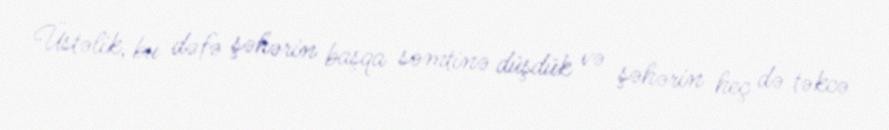
Üstəlik, bu dəfə şəhərin başqa səmtinə düşdük və şəhərin heç də təkcə